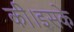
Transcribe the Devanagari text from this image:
की।इसके